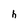
Character: h